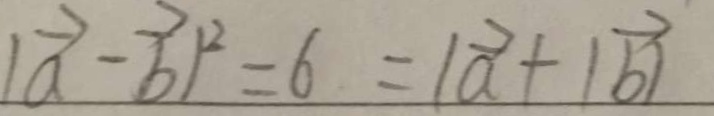
\vert \overrightarrow { a } - \overrightarrow { b } \vert ^ { 2 } = 6 = \vert \overrightarrow { a } + \vert \overrightarrow { b } \vert